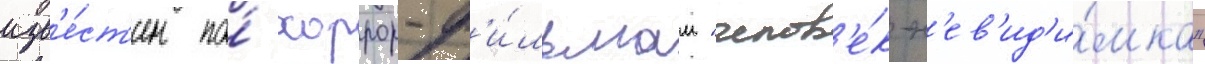
изв'е́ст'ен по́ хоррор-ф'и́льмам "челов'е́к-н'ев'ид'и́мка"